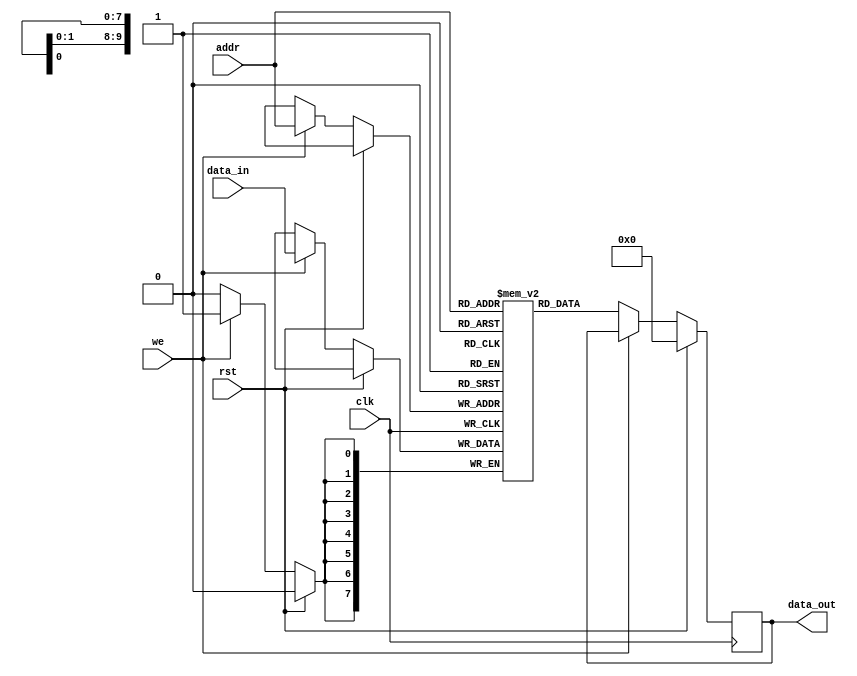
module sram(
    input wire clk,
    input wire rst,
    input wire[9:0] addr,
    input wire we,
    input wire[7:0] data_in,
    output reg[7:0] data_out
);

reg[7:0] memory[0:1023];

always @(posedge clk) begin
    if (rst) begin
        data_out <= 8'b0;
    end else begin
        if (we) begin
            memory[addr] <= data_in;
        end else begin
            data_out <= memory[addr];
        end
    end
end

endmodule